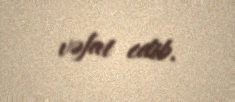
vəfat edib.